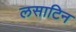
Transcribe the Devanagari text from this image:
लसाटिन